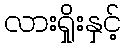
လားရှိုးနှင့်